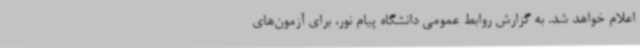
اعلام خواهد شد. به گزارش روابط عمومی دانشگاه پیام نور، برای آزمون‌های